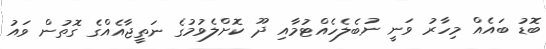
ބޮޑު ބައެއް މިހާރު ވަނީ ނުބެލެހެއްޓުމާއި ދޫ ކޮށްލެވުމުގެ ނަތީޖާއެއްގެ ގޮތުން ވައު